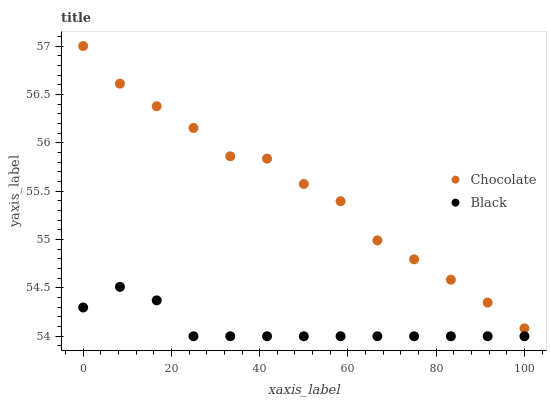
| xaxis_label | Chocolate | Black |
 | --- | --- | --- |
 | 0 | 57 | 54.3 |
 | 8.33 | 56.6 | 54.5 |
 | 16.7 | 56.4 | 54.4 |
 | 25 | 56.2 | 54 |
 | 33.3 | 55.9 | 54 |
 | 41.7 | 55.8 | 54 |
 | 50 | 55.6 | 54 |
 | 58.3 | 55.4 | 54 |
 | 66.7 | 55 | 54 |
 | 75 | 54.8 | 54 |
 | 83.3 | 54.6 | 54 |
 | 91.7 | 54.3 | 54 |
 | 100 | 54.1 | 54 |